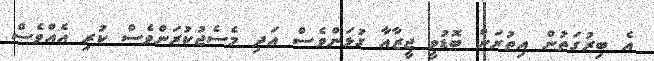
އެ ބިރުގަތުން އިތުރަށް ބޮޑުވީ ޖީޒާއާ ގުޅަންވެސް އަދި މެސެޖުކުރަންވެސް ކުރި އެއްވެސް